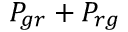
P _ { g r } + P _ { r g }